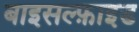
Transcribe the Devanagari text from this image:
बाइसल्फ़ाइड